Civil Veterinary Department. Central Provinces & Berar 1925-31 - 1925-1931
Year: 1925
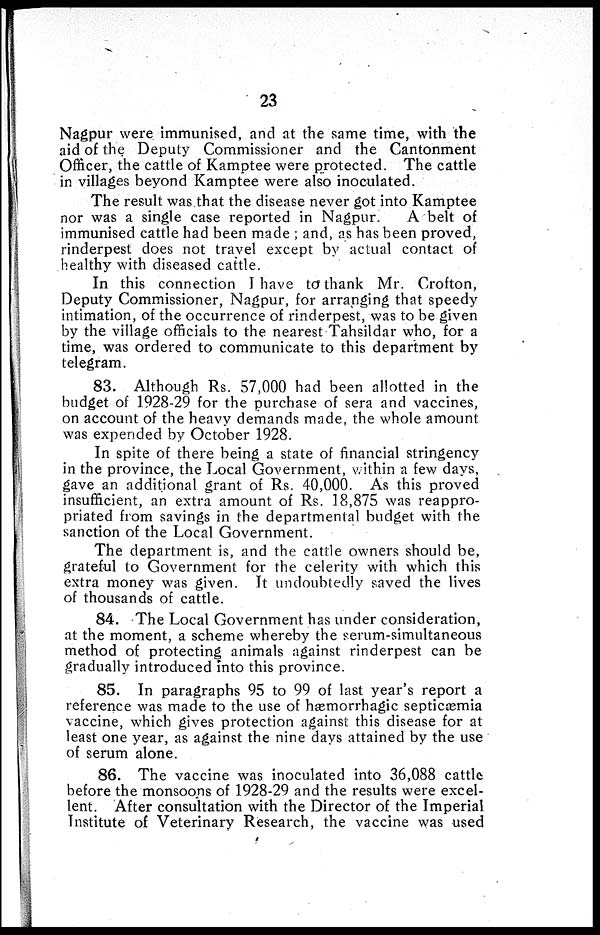
23
Nagpur were immunised, and at the same time, with the
aid of the Deputy Commissioner and the Cantonment
Officer, the cattle of Kamptee were protected. The cattle
in villages beyond Kamptee were also inoculated.
The result was that the disease never got into Kamptee
nor was a single case reported in Nagpur.
A belt of
immunised cattle had been made ; and, as has been proved,
rinderpest does not travel except by actual contact of
healthy with diseased cattle.
In this connection I have to thank Mr. Crofton,
Deputy Commissioner, Nagpur, for arranging that speedy
intimation, of the occurrence of rinderpest, was to be given
by the village officials to the nearest Tahsildar who, for a
time, was ordered to communicate to this department by
telegram.
83. Although Rs. 57,000 had been allotted in the
budget of 1928-29 for the purchase of sera and vaccines,
on account of the heavy demands made, the whole amount
was expended by October 1928.
In spite of there being a state of financial stringency
in the province, the Local Government, within a few days,
gave an additional grant of Rs. 40,000. As this proved
insufficient, an extra amount of Rs. 18,875 was reappro-
priated from savings in the departmental budget with the
sanction of the Local Government.
The department is, and the cattle owners should be,
grateful to Government for the celerity with which this
extra money was given. It undoubtedly saved the lives
of thousands of cattle.
84. The Local Government has under consideration,
at the moment, a scheme whereby the serum-simultaneous
method of protecting animals against rinderpest can be
gradually introduced into this province.
85. In paragraphs 95 to 99 of last year's report a
reference was made to the use of hæmorrhagic septicæmia
vaccine, which gives protection against this disease for at
least one year, as against the nine days attained by the use
of serum alone.
86. The vaccine was inoculated into 36,088 cattle
before the monsoons of 1928-29 and the results were excel-
lent. After consultation with the Director of the Imperial
Institute of Veterinary Research, the vaccine was used